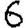
Digit: 6